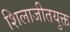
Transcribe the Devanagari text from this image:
शिलाजीतयुक्त